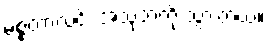
မစ္စတာလင်း အသုဘကို သွားတယ်။